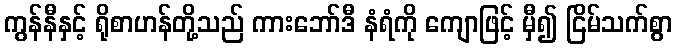
ကွန်နီနှင့် ရိုစာဟန်တို့သည် ကားဘော်ဒီ နံရံကို ကျောဖြင့် မှီ၍ ငြိမ်သက်စွာ